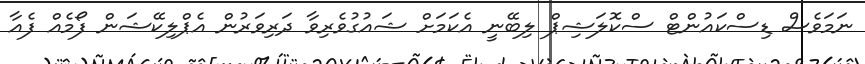
ނަމަވެސް ޑިސްކައުންޓް ސްކޮލަޝިޕް ލިބޭނީ އެކަމަށް ޝައުގުވެރިވާ ދަރިވަރުން އެޕްލިކޭޝަން ފޯމެއް ފެއާ